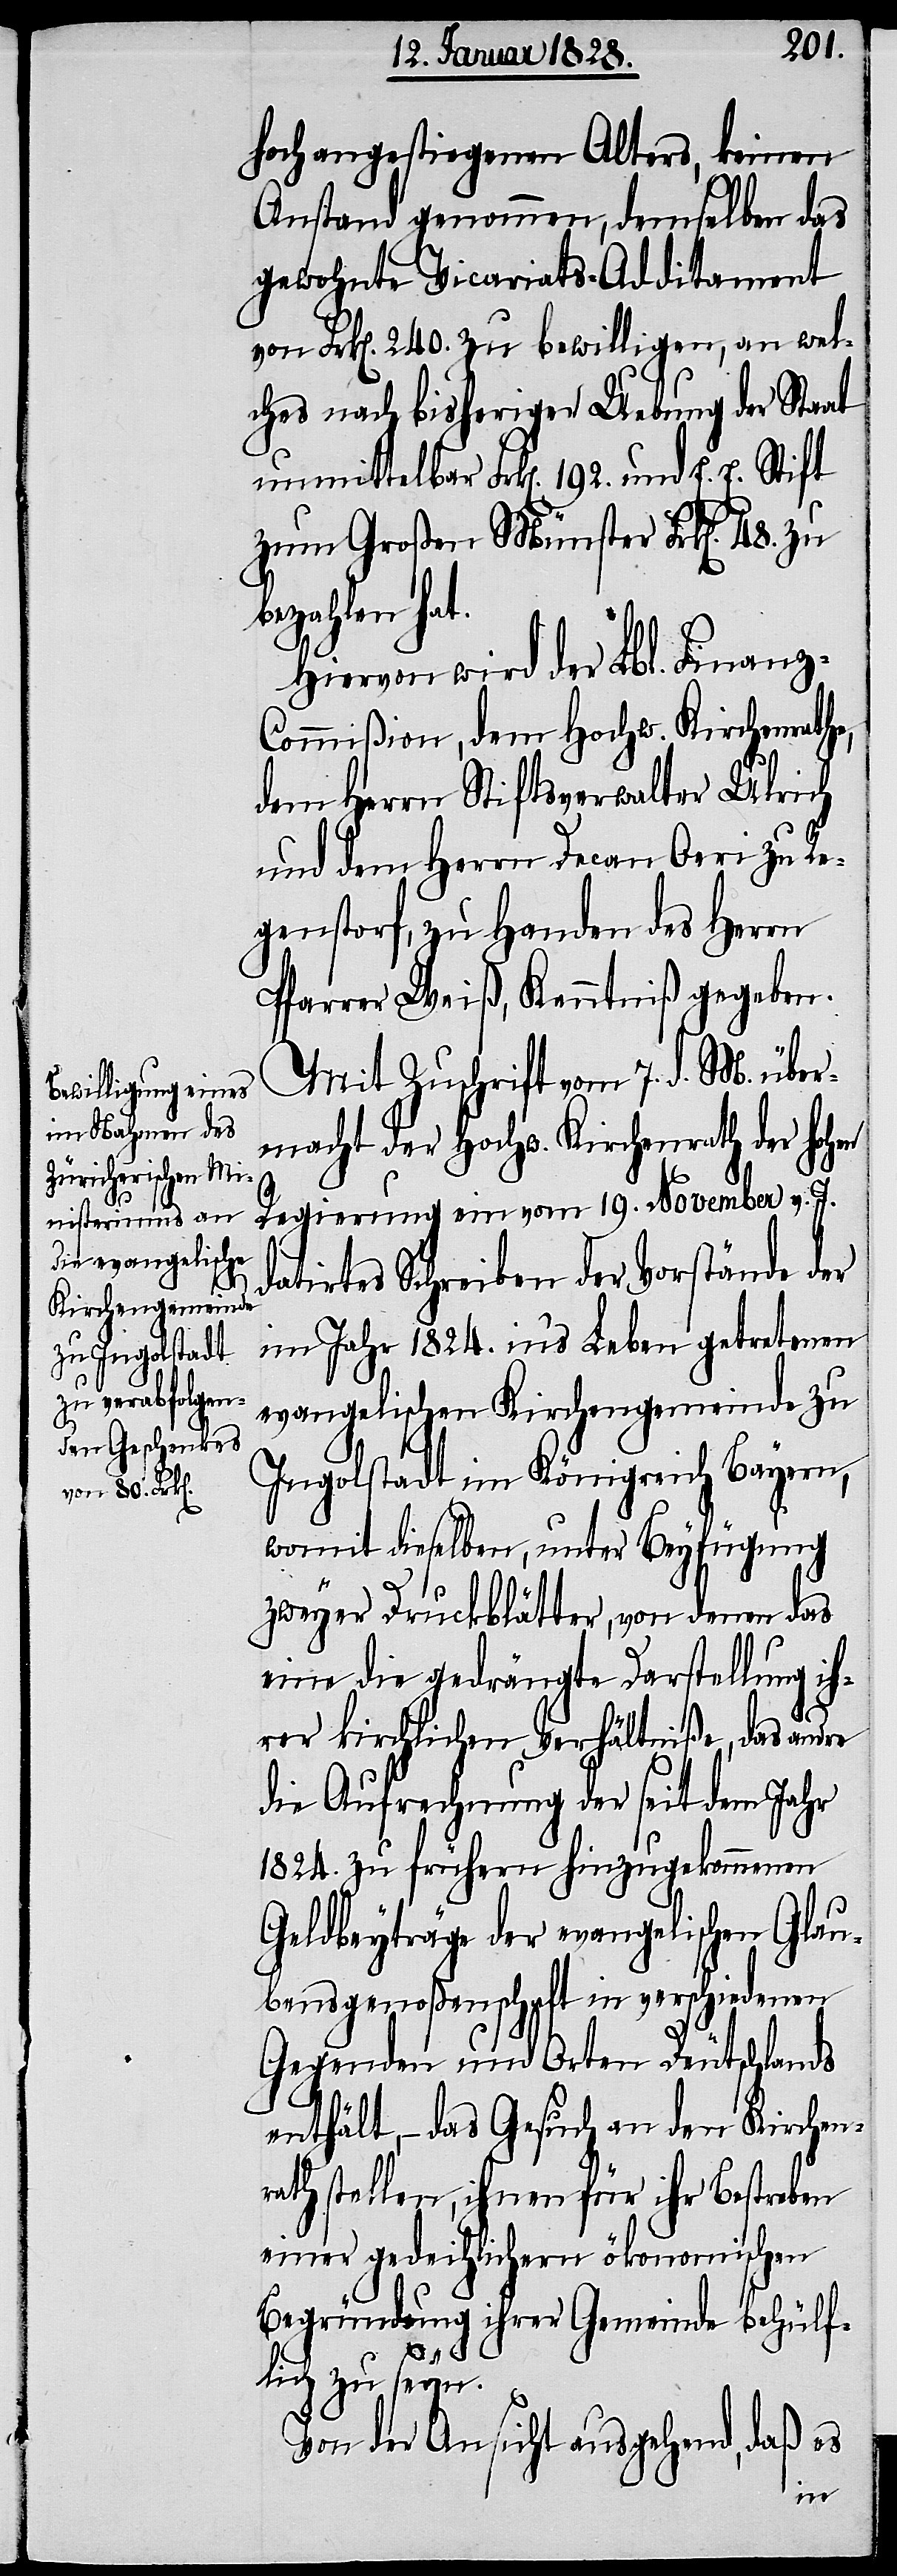
hoch angestiegenen Alters, keinen
Anstand genommen, demselben das
gewohnte Vicariats-Additament
von Frk[en]. 240. zu bewilligen, an wel¬
ches nach bisheriger Uebung der Staat
unmittelbar Frk[en]. 192. und E. E. Stift
zum Großen Münster Frk[en]. 48.
bezahlen hat.
Hiervon wird der Lbl. Finanz-C¬
ommißion, dem Hochw. Kirchenrathe,
dem Herrn Stiftsverwalter Ulrich
und dem Herrn Decan Oeri zu Re¬
genstorf, zu Handen des Herrn
Pfarrer Weiß, Kenntniß gegeben.
Mit Zuschrift vom 7. d. M. über¬
macht der Hochw. Kirchenrath der hohen
Regierung ein vom 19. November v. J.
datirtes Schreiben der Vorstände der
im Jahr 1824. ins Leben getretenen
evangelischen Kirchengemeinde zu
Ingoldstadt im Königreich Bayern,
womit dieselben, unter Beyfügung
zweyer Druckblätter, von denen das
eine die gedrängte Darstellung ih¬
rer kirchlichen Verhältniße, das andre
die Aufrechnung der seit dem Jahr
1824. zu frühern hinzugekommenen
Geldbeyträge der evangelischen Glau¬
bensgenoßenschaft in verschiedenen
Gegenden und Orten Deutschlands
enthält, – das Gesuch an den Kirchen¬
rath stellen, ihnen für ihr Bestreben
einer gedeihlichern ökonomischen
Begründung ihrer Gemeinde behülf¬
lich zu seyn.
Von der Ansicht ausgehen, daß es